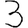
Digit: 3